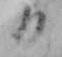
日